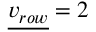
{ \underline { { v _ { r o w } } } } = 2